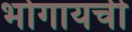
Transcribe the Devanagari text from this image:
भोगायची